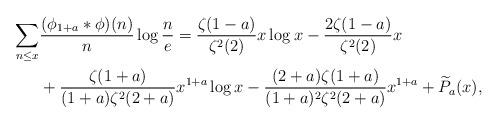
LaTeX: \begin{align*} \sum_{n\leq x}& \frac{(\phi_{1+a}*\phi)(n)}{n} \log \frac{n}{e} = \frac{\zeta(1-a)}{\zeta^{2}(2)}x\log^{}x - \frac{2\zeta(1-a)}{\zeta^{2}(2)}x \\& + \frac{\zeta(1+a)}{(1+a)\zeta^{2}(2+a)}x^{1+a}\log x - \frac{(2+a)\zeta(1+a)}{(1+a)^{2}\zeta^{2}(2+a)} x^{1+a} + \widetilde{P}_{a}(x), \end{align*}